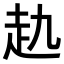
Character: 𧺎